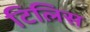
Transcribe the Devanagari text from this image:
टिलिस